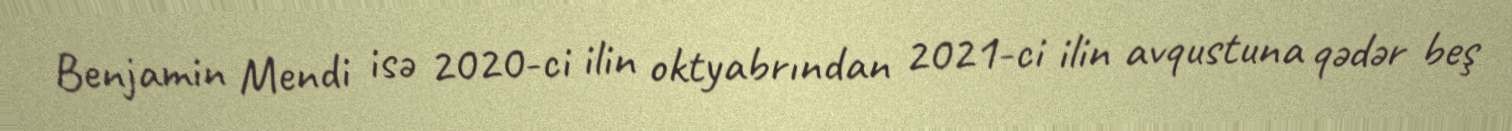
Benjamin Mendi isə 2020-ci ilin oktyabrından 2021-ci ilin avqustuna qədər beş